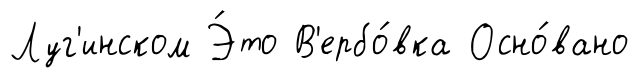
Луг'инском Э́то В'ербо́вка Осно́вано